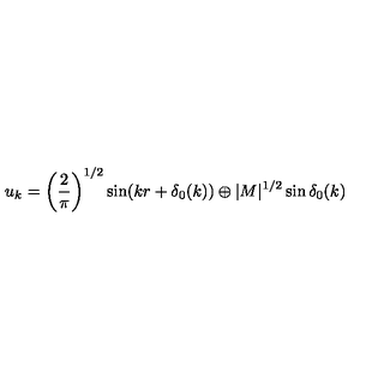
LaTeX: u _ { k } = \left( \frac { 2 } { \pi } \right) ^ { 1 / 2 } \sin ( k r + \delta _ { 0 } ( k ) ) \oplus | M | ^ { 1 / 2 } \sin \delta _ { 0 } ( k )